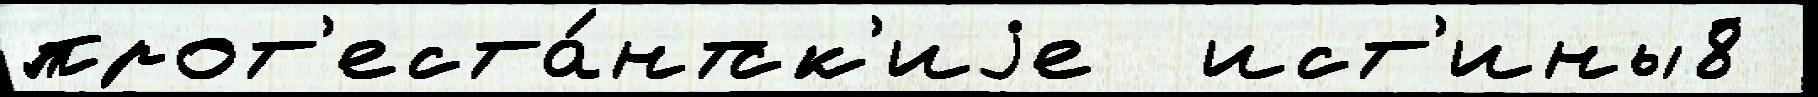
прот'еста́нтск'иjе  ист'ины8